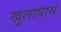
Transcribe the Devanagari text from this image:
खुलावास